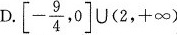
D.$$\left[ - \frac{ 9 }{ 4 },0 \right] \cup ( 2,+ \infty )$$